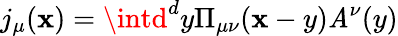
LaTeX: j_{\mu}(\mathbf{x})=\intd^{d}y\Pi_{\mu\nu}(\mathbf{x}-y)\mathit{A}^{\nu}(y)